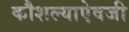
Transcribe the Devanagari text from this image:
कौशल्याऐवजी